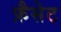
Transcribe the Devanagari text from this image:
फ़ैसेट